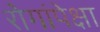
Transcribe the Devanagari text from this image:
रोगांपेक्षा